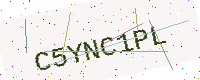
Text: C5YNC1PL